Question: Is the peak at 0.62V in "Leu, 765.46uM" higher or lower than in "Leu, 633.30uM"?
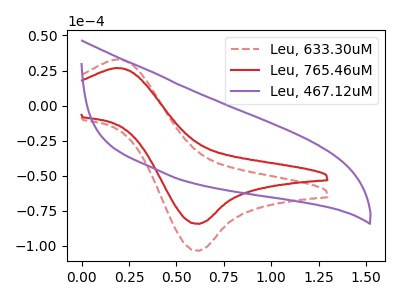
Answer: <think>The red dashed curve "Leu, 633.30uM" has an anodic peak at (0.20V, 32.95uA) and a cathodic peak at (0.60V, -103.40uA). The red curve "Leu, 765.46uM" has an anodic peak at (0.20V, 26.85uA) and a cathodic peak at (0.60V, -84.25uA). The purple curve "Leu, 467.12uM" has no peaks.</think>
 <answer>The peak at 0.62V is lower in "Leu, 765.46uM" than in "Leu, 633.30uM".</answer>
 <eval>lower</eval>